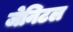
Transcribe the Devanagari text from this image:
जेनिटल